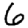
Digit: 6